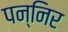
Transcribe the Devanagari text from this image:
पन्निर